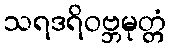
သရဒရိဝဗ္ဘမုတ္တံ